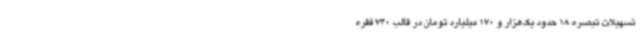
تسهیلات تبصره 18 حدود یک‌هزار و 170 میلیارد تومان در قالب 740 فقره